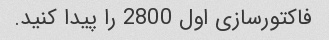
فاکتورسازی اول 2800 را پیدا کنید.